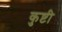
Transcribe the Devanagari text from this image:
कुष्टी